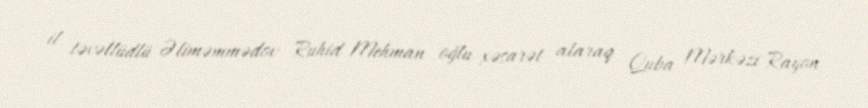
il təvəllüdlü Əliməmmədov Ruhid Mehman oğlu xəsarət alaraq Quba Mərkəzi Rayon